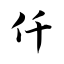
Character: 仟